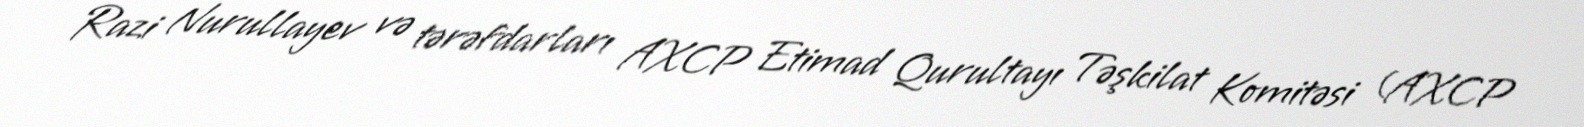
Razi Nurullayev və tərəfdarları AXCP Etimad Qurultayı Təşkilat Komitəsi (AXCP